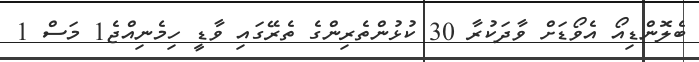
ބެލޮންޑިއޯ އެވޯޑަށް ވާދަކުރާ 30 ކުޅުންތެރިންގެ ތެރޭގައި ވާޑީ ހިމެނިއްޖެ1 މަސް 1